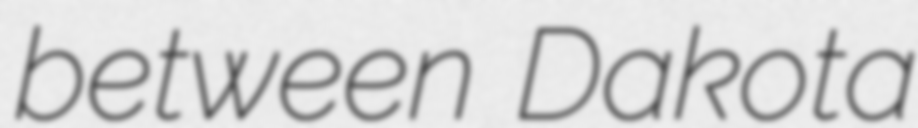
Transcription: between Dakota